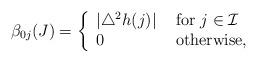
LaTeX: \begin{align*}\beta_{0j}(J) = \left\{ \begin{array}{ll} |\triangle^2h(j) | &\mbox{ for }j\in \mathcal I\\ 0 &\mbox{ otherwise, } \end{array} \right.\end{align*}